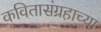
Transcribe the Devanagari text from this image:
कवितासंग्रहाच्या